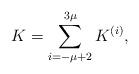
LaTeX: \begin{align*} K=\sum_{i=-\mu+2}^{3\mu}K^{(i)},\end{align*}